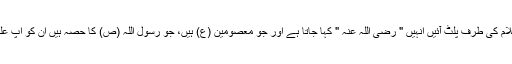
انہوں نے کہا کہ جو شرک اور کفر سے توحید و اسلام کی طرف پلٹ آئیں انہیں " رضی اللہ عنہ " کہا جاتا ہے اور جو معصومین (ع) ہیں، جو رسول اللہ (ص) کا حصہ ہیں ان کو آپ علیہ السلام " کہہ سکتے ہیں نہ کہ " رضی اللہ عنہ " ۔